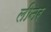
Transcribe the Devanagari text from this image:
लीनर